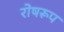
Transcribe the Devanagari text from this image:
रोषरूप